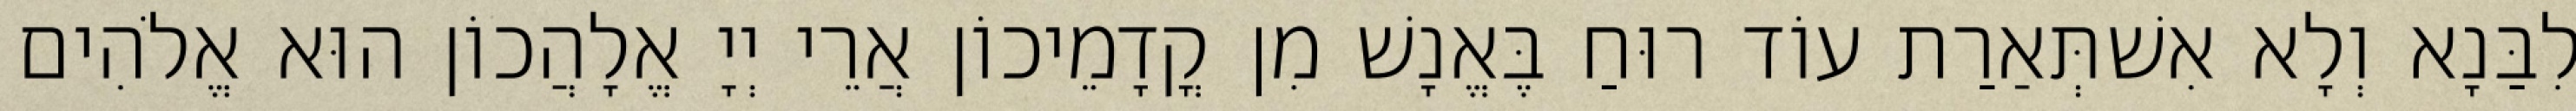
לִבַּנָא וְלָא אִשׁתְּאַרַת עוֹד רוּחַ בֶּאֱנָשׁ מִן קֳדָמֵיכוֹן אֲרֵי יְיָ אֱלָהֲכוֹן הוּא אֱלֹהִים